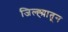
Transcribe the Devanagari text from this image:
जिल्ह्य़ातून